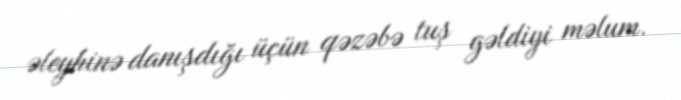
əleyhinə danışdığı üçün qəzəbə tuş gəldiyi məlum.